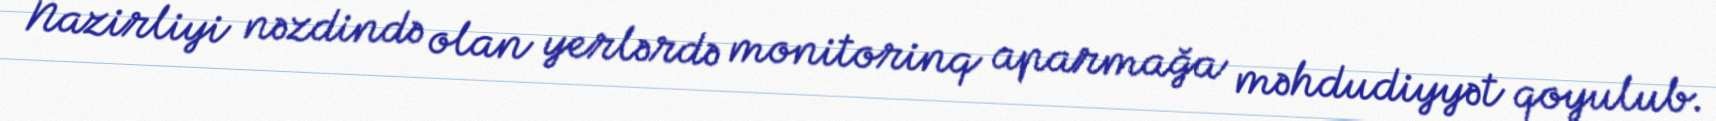
Nazirliyi nəzdində olan yerlərdə monitorinq aparmağa məhdudiyyət qoyulub.